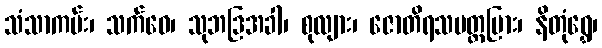
သံသာကမ်း၊ သက်ဝေ၊ သုဘဒြအခါ၊ စုလျား၊ ဇောတိရသပတ္တမြား၊ နိတုံရွှေ၊